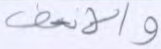
والأنف